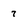
Character: 7